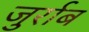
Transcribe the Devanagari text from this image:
जुर्राब